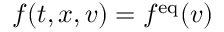
f ( t , x , v ) = f ^ { \mathrm { e q } } ( v )